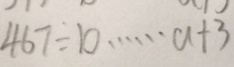
4 6 7 \div b \cdots a + 3